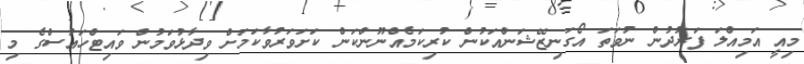
މިއީ އަމިއްލަ ފަރުދުން ނުވަތަ އޯގަނިޒޭޝަންއަކުން ކުރިކަމެއްނޫންކަން ކަށަވަރުވާކަމަށް ވިދާޅުވަމުން ވައިޓްހައުސްގެ މި